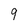
Character: 9